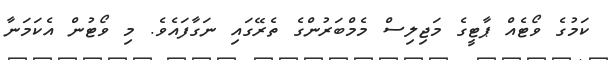
ކަމުގެ ވޯޓެއް ޕާޓީގެ މަޖިލިސް މެމްބަރުންގެ ތެރޭގައި ނަގާފައެވެ. މި ވޯޓުން އެކަމަނާ